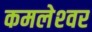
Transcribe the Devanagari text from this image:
कमलेश्‍वर